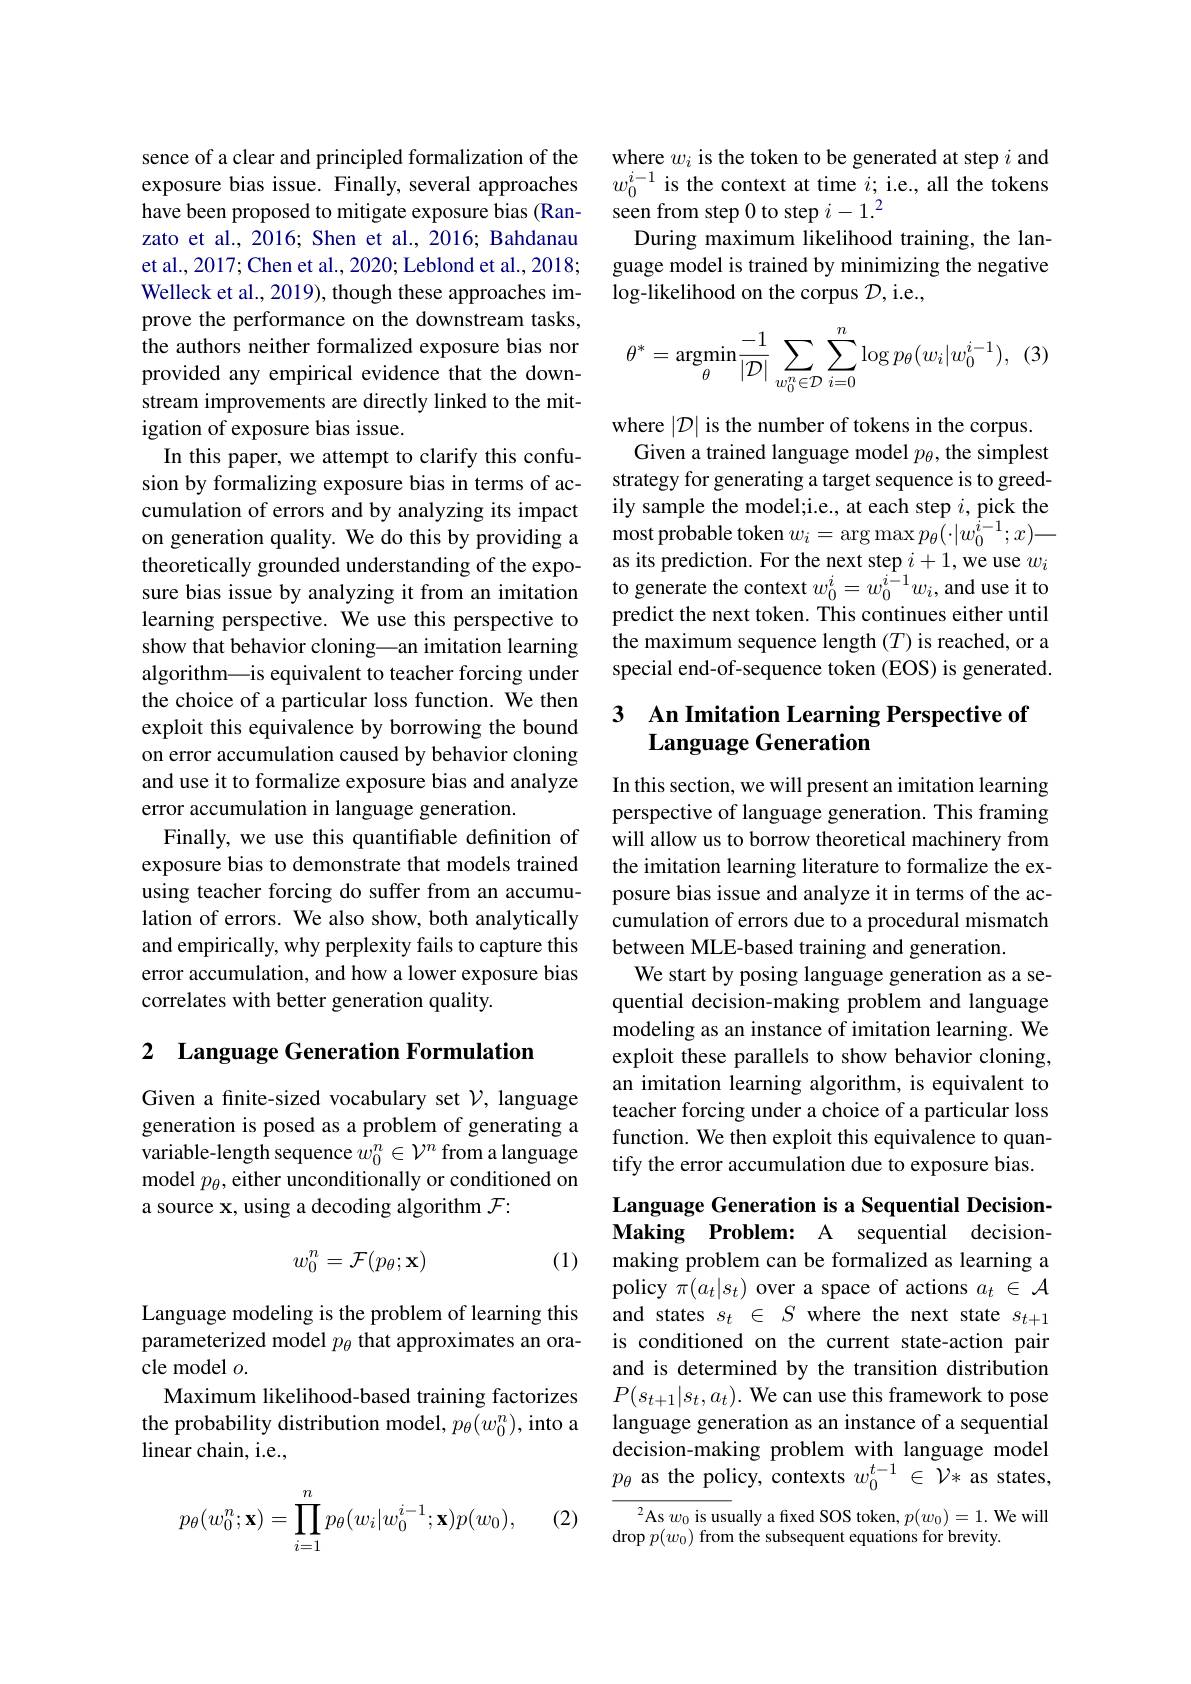
sence of a clear and principled formalization of the exposure bias issue. Finally, several approaches have been proposed to mitigate exposure bias (Ranzato et al., 2016; Shen et al., 2016; Bahdanau et al., 2017; Chen et al., 2020; Leblond et al., 2018; Welleck et al., 2019), though these approaches improve the performance on the downstream tasks, the authors neither formalized exposure bias nor provided any empirical evidence that the downstream improvements are directly linked to the mitigation of exposure bias issue.
In this paper, we attempt to clarify this confusion by formalizing exposure bias in terms of accumulation of errors and by analyzing its impact on generation quality. We do this by providing a theoretically grounded understanding of the expolearning perspective. We use this perspective to show that behavior cloning\_an imitation learning algorithm—is equivalent to teacher forcing under the choice of a particular loss function. We then exploit this equivalence by borrowing the bound on error accumulation caused by behavior cloning and use it to formalize exposure bias and analyze error accumulation in language generation.
Finally, we use this quantifiable definition of exposure bias to demonstrate that models trained using teacher forcing do suffer from an accumulation of errors. We also show, both analytically and empirically, why perplexity fails to capture this error accumulation, and how a lower exposure bias correlates with better generation quality.

## 2 Language Generation Formulation

Given a finite-sized vocabulary set $\mathcal{V}$, language generation is posed as a problem of generating a variable-length sequence $w_0^n\in\mathcal{V}^n$ from a language model $p_\theta$, either unconditionally or conditioned on a source x, using a decoding algorithm $\mathcal{F}:$
$$w_0^n=\mathcal{F}(p_\theta;\mathbf{x})$$
(1)

Language modeling is the problem of learning this parameterized model $p_\theta$ that approximates an oracle model $o.$
Maximum likelihood-based training factorizes
linear chain, i.e.,

(2)
$$p_\theta(w_0^n;\mathbf{x})=\prod_{i=1}^np_\theta(w_i|w_0^{i-1};\mathbf{x})p(w_0),$$
where $w_i$ is the token to be generated at step $i$ and $w_0^{i-1}$ is the context at time $i;$ i.e., all the tokens seen from step 0 to step $i-1.^2$
During maximum likelihood training, the language model is trained by minimizing the negative $\log$-likelihood on the corpus $\mathcal{D}$,i.e.,
$$\theta^*=\underset{\theta}{\text{argmin}}\frac{-1}{|\mathcal{D}|}\sum_{w_0^n\in\mathcal{D}}\sum_{i=0}^n\log p_\theta(w_i|w_0^{i-1}),$$
where $|\mathcal{D}|$ is the number of tokens in the corpus. Given a trained language model $p_\theta$, the simplest
strategy for generating a target sequence is to greedily sample the model;i.e., at each step $i$, pick the $\operatorname*{most}$probable token$w_i=\operatorname{arg}\operatorname*{max}p_{\theta}(\cdot|w_{0}^{i-1};x)$— as its prediction. For the next step $i+1$,we use $w_i$
sure bias issue by analyzing it from an imitation to generate the context $w_0^i=w_0^{i-1}w_i$, and use it to
predict the next token. This continues either until the maximum sequence length $(T)$ is reached, or a special end-of-sequence token (EOS) is generated.

# 3 An Imitation Learning Perspective of Language Generation

In this section, we will present an imitation learning perspective of language generation. This framing will allow us to borrow theoretical machinery from the imitation learning literature to formalize the exposure bias issue and analyze it in terms of the accumulation of errors due to a procedural mismatch between MLE-based training and generation.
We start by posing language generation as a sequential decision-making problem and language modeling as an instance of imitation learning. We exploit these parallels to show behavior cloning, an imitation learning algorithm, is equivalent to teacher forcing under a choice of a particular loss function. We then exploit this equivalence to quantify the error accumulation due to exposure bias.

Language Generation is a Sequential DecisionMaking Problem: A sequential decisionmaking problem can be formalized as learning a policy $\pi(a_t|s_t)$ over a space of actions $a_t\in\mathcal{A}$ and states $s_t\in S$ where the next state $s_t+1$ is conditioned on the current state-action pair and is determined by the transition distribution $P(s_{t+1}|s_t,a_t).$ We can use this framework to pose
the probability distribution model, $p_\theta(w_0^n)$, into a language generation as an instance of a sequential
decision-making problem with language model $p_{\theta}$ as the policy, contexts $w_0^{t-1}\in\mathcal{V}*$ as states,

$^{2}$As $w_0$ is usually a fred SOS token, $p(w_0)=1.$ We will
$\operatorname{drop}p(w_{0})$ from the subsequent equations for brevity.